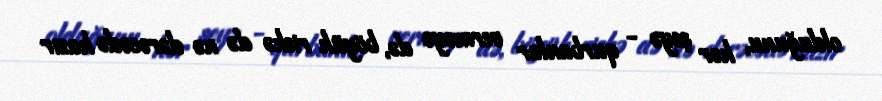
olduğunu, hər şeyə - qurbanlar verməyə də, böyük riskə də nə dərəcədə hazır